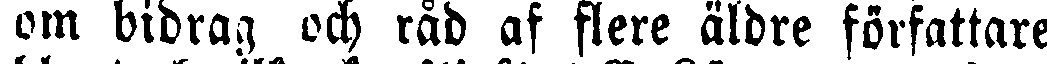
om bidrag och råd af flere äldre författare,